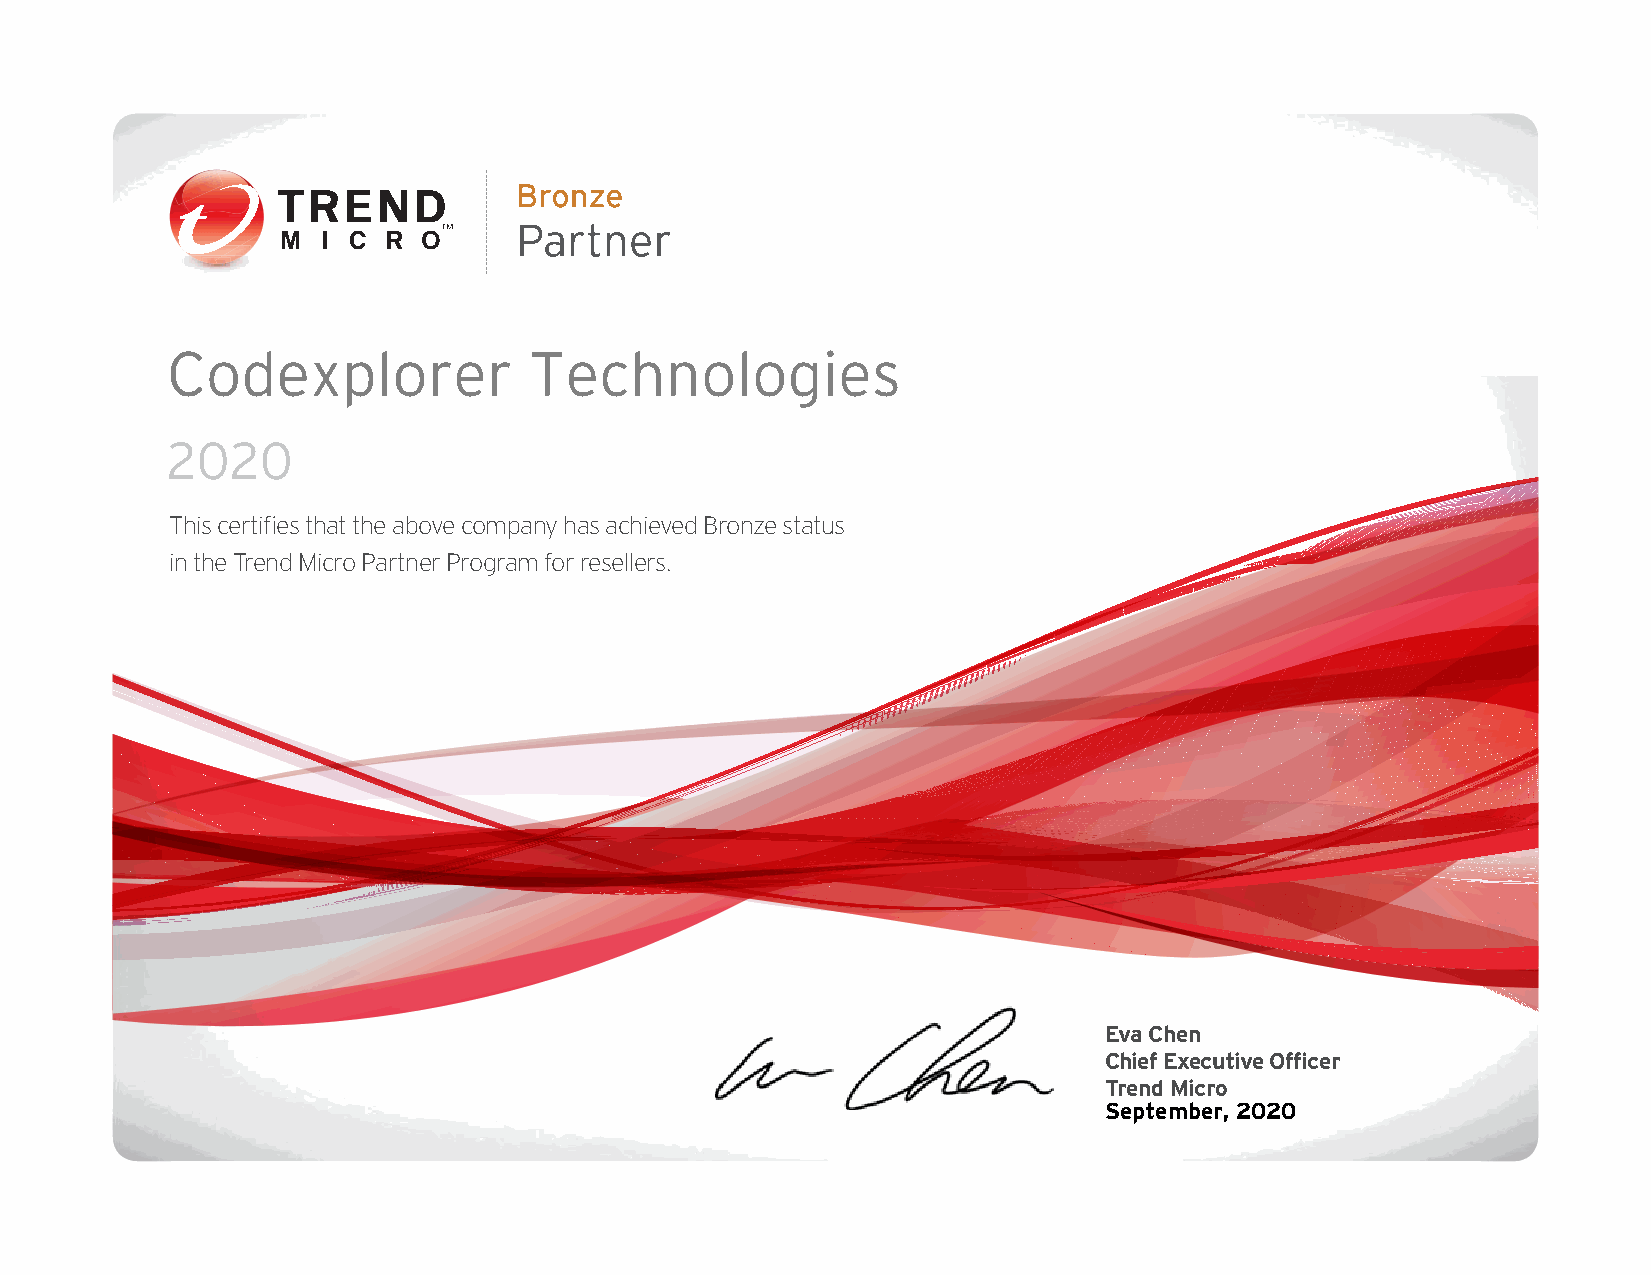
Codexplorer             Technologies
 2020
 This certifies that the above company has achieved Bronze status
 in the Trend Micro Partner Program for resellers.
 Eva Chen
 Chief Executive Officer
 Trend Micro
 September, 2020